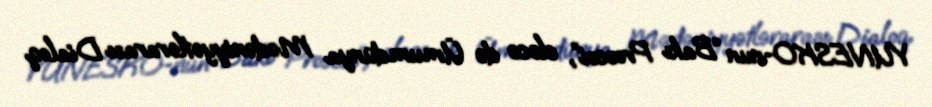
YUNESKO-nun “Bakı Prosesi”, eləcə də Ümumdünya Mədəniyyətlərarası Dialoq